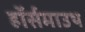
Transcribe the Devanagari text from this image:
हॉर्समाउथ